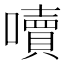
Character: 𡂝